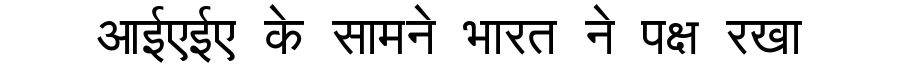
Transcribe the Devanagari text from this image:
आईएईए के सामने भारत ने पक्ष रखा